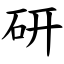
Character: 研